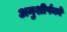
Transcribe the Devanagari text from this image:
अनुशीर्षकों